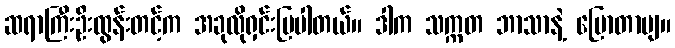
ဆရာကြီးဦးထွန်းတင့်က အခုလိုရှင်းပြပါတယ်။ ဒါက သက္ကတ ဘာသာနဲ့ ပြောတာဗျ။